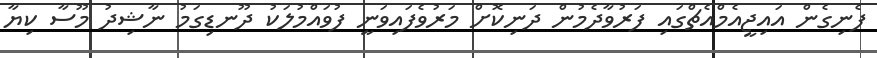
ފެނިގެން އައިޖީއެމްއެޗްގައި ފަރުވާދެމުން ދަނިކޮށް މަރުވެފައިވަނީ ފުވައްމުލަކު ދޫނޑިގަމު ނާޝިދު މޫސާ ކިޔާ